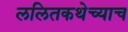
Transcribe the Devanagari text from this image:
ललितकथेच्याच